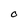
Character: 0